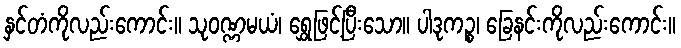
နှင်တံကိုလည်းကောင်း။ သုဝဏ္ဏမယံ၊ ရွှေဖြင့်ပြီးသော။ ပါဒုကဉ္စ၊ ခြေနင်းကိုလည်းကောင်း။